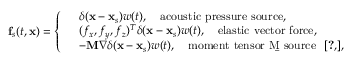
\mathbf { f } _ { s } ( t , \mathbf { x } ) = \left\{ \begin{array} { l l } & { \delta ( \mathbf { x } - \mathbf { x } _ { s } ) w ( t ) , \quad \mathrm { a c o u s t i c ~ p r e s s u r e ~ s o u r c e } , } \\ & { ( f _ { x } , f _ { y } , f _ { z } ) ^ { T } \delta ( \mathbf { x } - \mathbf { x } _ { s } ) w ( t ) , \quad \mathrm { e l a s t i c ~ v e c t o r ~ f o r c e } , } \\ & { - \mathbf { M } \nabla \delta ( \mathbf { x } - \mathbf { x } _ { s } ) w ( t ) , \quad \mathrm { m o m e n t ~ t e n s o r ~ \b { M } ~ s o u r c e ~ \allowdisplaybreaks ~ \cite [ ] { a k i 2 0 0 2 q u a n t i t a t i v e } } , } \end{array} \right.